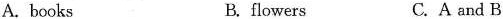
A. books B.flowers C. A and B